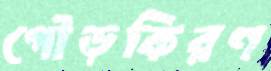
গৌড়কিরণ